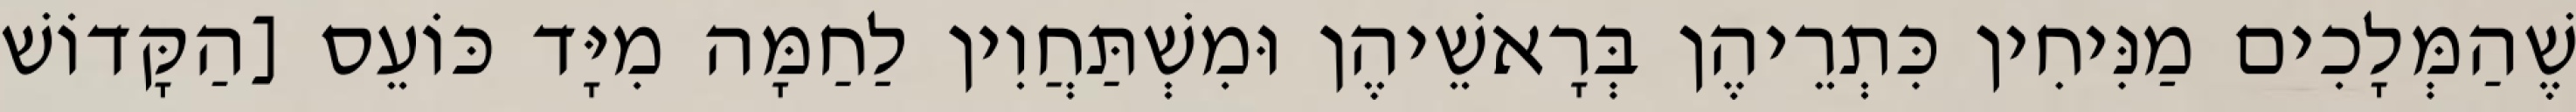
שֶׁהַמְּלָכִים מַנִּיחִין כִּתְרֵיהֶן בְּרָאשֵׁיהֶן וּמִשְׁתַּחֲוִין לַחַמָּה מִיָּד כּוֹעֵס [הַקָּדוֹשׁ